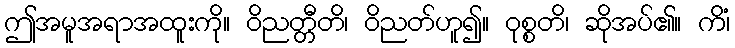
ဤအမူအရာအထူးကို။ ဝိညတ္တီတိ၊ ဝိညတ်ဟူ၍။ ဝုစ္စတိ၊ ဆိုအပ်၏။ ကိံ၊